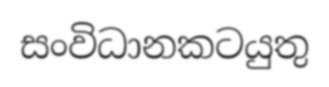
සංවිධානකටයුතු